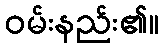
ဝမ်းနည်း၏။